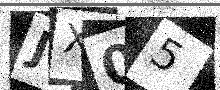
Text: JX05